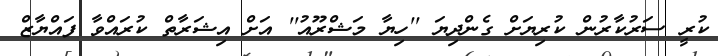
ކުރީ ސަރުކާރުން ކުރިޔަށް ގެންދިޔަ ''ހިޔާ މަޝްރޫއު'' އަށް އިޝަރާތް ކުރައްވާ ފައްޔާޒް